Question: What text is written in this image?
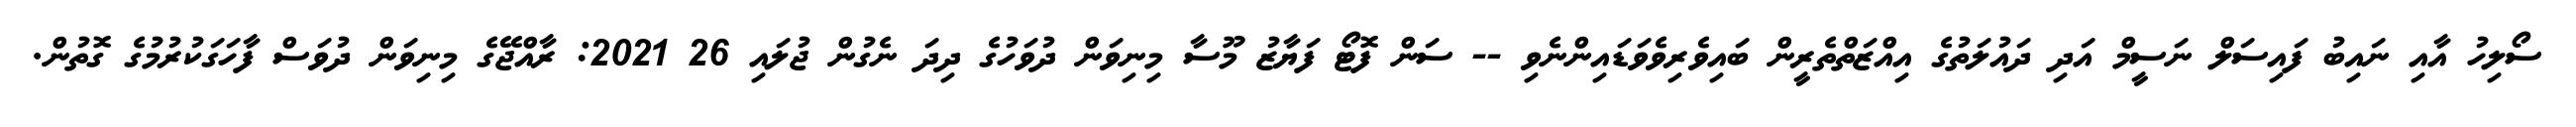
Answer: ސޯލިހު އާއި ނައިބު ފައިސަލް ނަސީމް އަދި ދައުލަތުގެ އިއްޒަތްތެރީން ބައިވެރިވެވަޑައިންނެވި -- ސަން ފޮޓޯ ފަޔާޒު މޫސާ މިނިވަން ދުވަހުގެ ދިދަ ނެގުން ޖުލައި 26 2021: ރާއްޖޭގެ މިނިވަން ދުވަސް ފާހަގަކުރުމުގެ ގޮތުން.